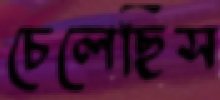
চেলেছিস